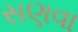
સણવા